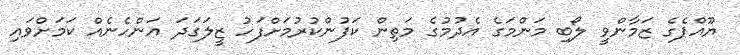
ޔޫއްޕެގެ ޒަމާންވީ ލޯބި މަންމަގެ އެދުމުގެ މަތިން ކަފުންކުރުމަށްފަހު ޒީލަގަދަ އަންހެނެއް ކަމަށްވައި